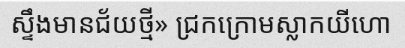
ស្ទឹងមានជ័យថ្មី» ជ្រកក្រោមស្លាកយីហោ